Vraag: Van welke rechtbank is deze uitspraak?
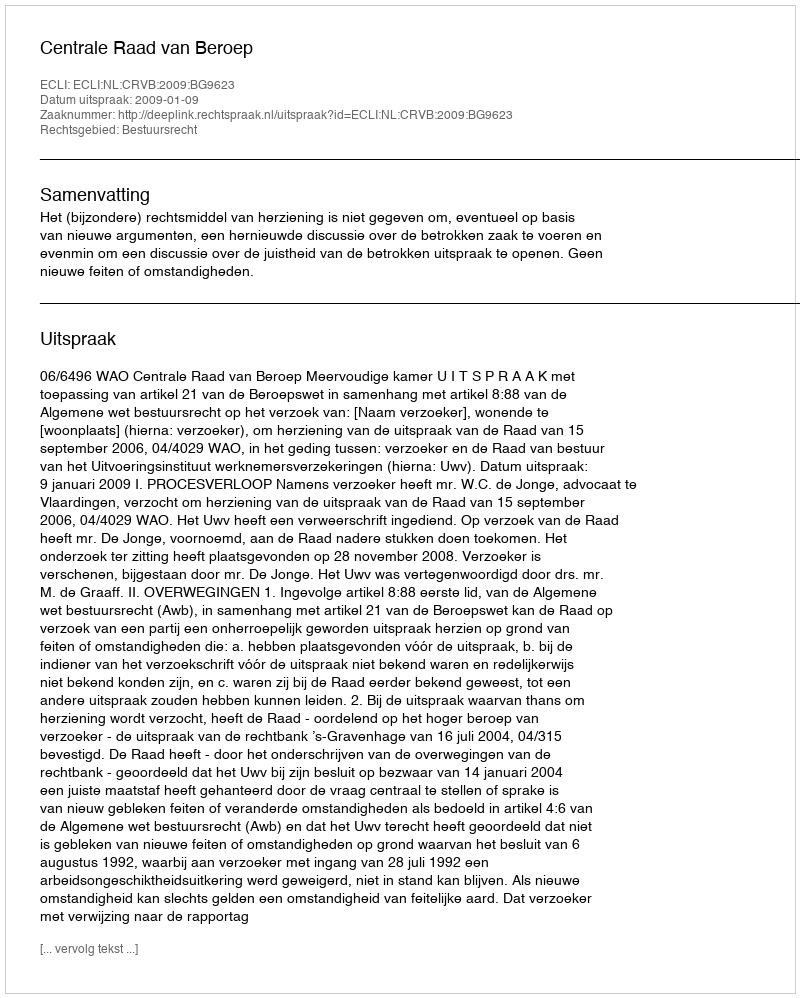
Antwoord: Centrale Raad van Beroep